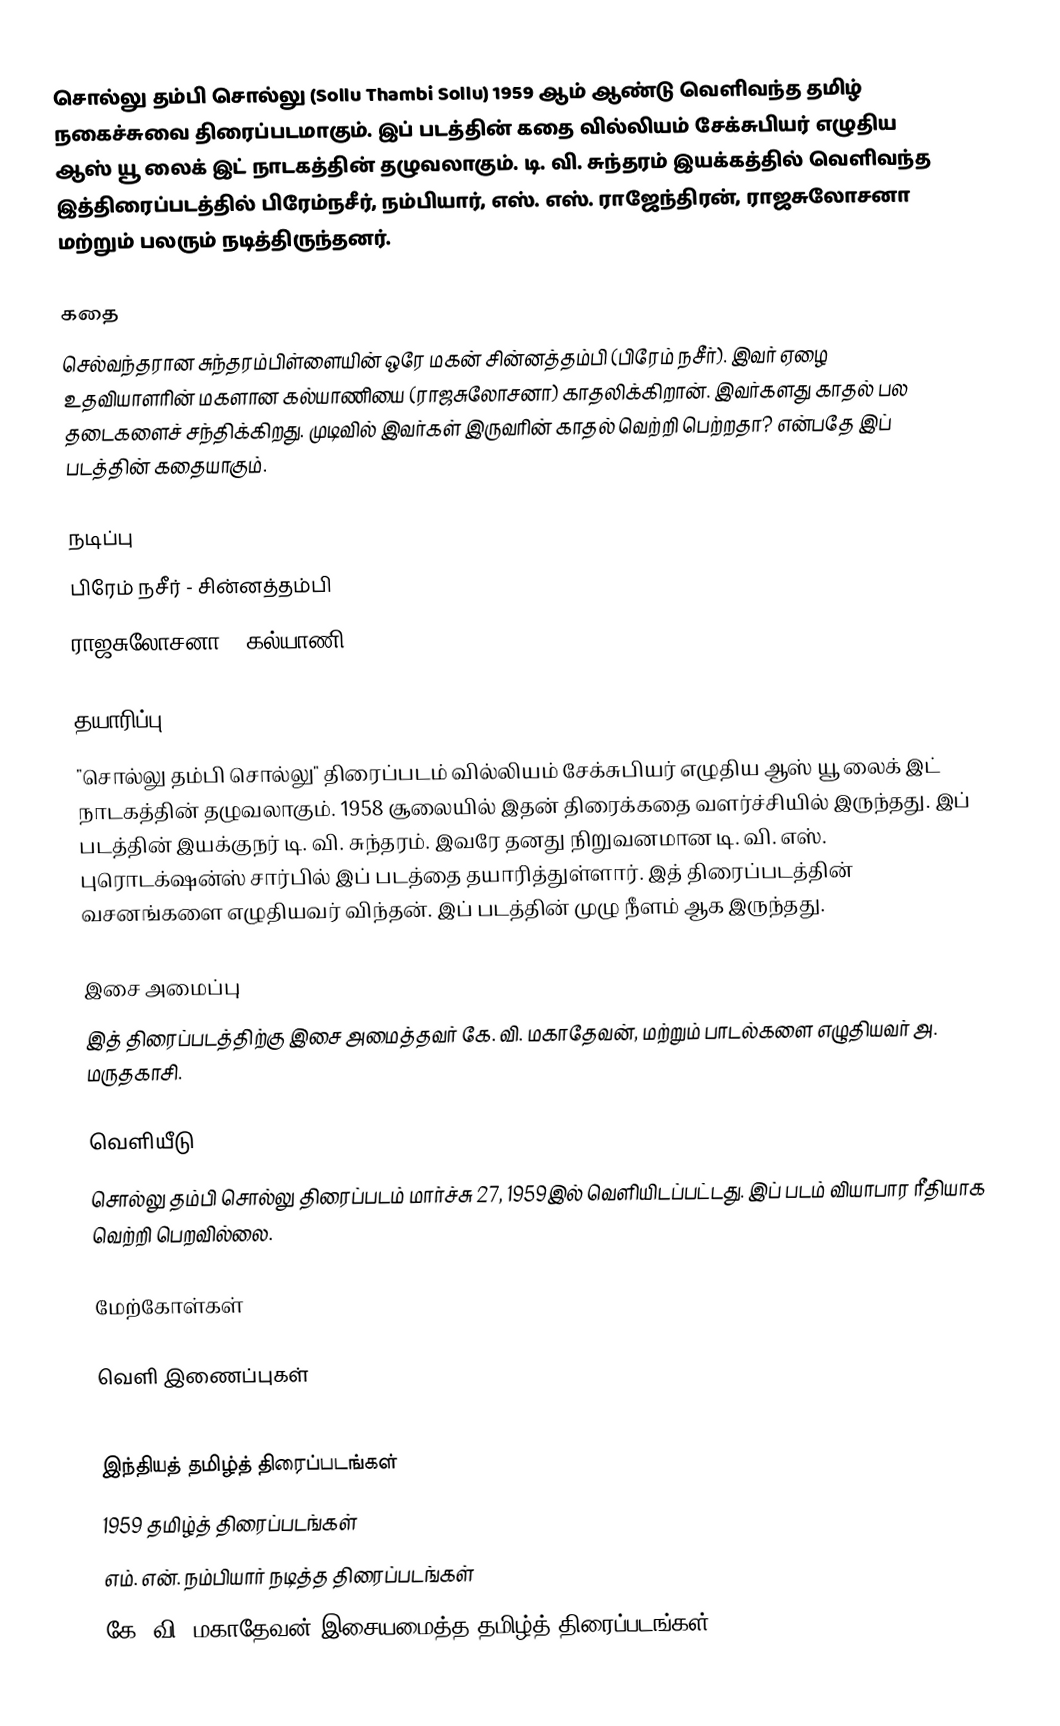
சொல்லு தம்பி சொல்லு (Sollu Thambi Sollu) 1959 ஆம் ஆண்டு வெளிவந்த தமிழ் நகைச்சுவை திரைப்படமாகும். இப் படத்தின் கதை வில்லியம் சேக்சுபியர் எழுதிய ஆஸ் யூ லைக் இட் நாடகத்தின் தழுவலாகும். டி. வி. சுந்தரம் இயக்கத்தில் வெளிவந்த இத்திரைப்படத்தில் பிரேம்நசீர், நம்பியார், எஸ். எஸ். ராஜேந்திரன்,  ராஜசுலோசனா மற்றும் பலரும் நடித்திருந்தனர்.

கதை
செல்வந்தரான சுந்தரம்பிள்ளையின் ஒரே மகன் சின்னத்தம்பி (பிரேம் நசீர்). இவர் ஏழை உதவியாளரின் மகளான கல்யாணியை (ராஜசுலோசனா) காதலிக்கிறான். இவர்களது காதல் பல தடைகளைச் சந்திக்கிறது. முடிவில் இவர்கள் இருவரின் காதல் வெற்றி பெற்றதா? என்பதே இப் படத்தின் கதையாகும்.

நடிப்பு
 பிரேம் நசீர் - சின்னத்தம்பி
 ராஜசுலோசனா - கல்யாணி

தயாரிப்பு
"சொல்லு தம்பி சொல்லு" திரைப்படம் வில்லியம் சேக்சுபியர் எழுதிய  ஆஸ் யூ லைக் இட் நாடகத்தின் தழுவலாகும். 1958 சூலையில் இதன் திரைக்கதை வளர்ச்சியில் இருந்தது. இப் படத்தின் இயக்குநர் டி. வி. சுந்தரம். இவரே தனது நிறுவனமான டி. வி. எஸ். புரொடக்‌ஷன்ஸ் சார்பில் இப் படத்தை தயாரித்துள்ளார். இத் திரைப்படத்தின் வசனங்களை எழுதியவர் விந்தன். இப் படத்தின் முழு நீளம்   ஆக இருந்தது.

இசை அமைப்பு
இத் திரைப்படத்திற்கு இசை அமைத்தவர் கே. வி. மகாதேவன், மற்றும் பாடல்களை எழுதியவர் அ. மருதகாசி.

வெளியீடு
சொல்லு தம்பி சொல்லு திரைப்படம் மார்ச்சு 27, 1959இல் வெளியிடப்பட்டது. இப் படம் வியாபார ரீதியாக வெற்றி பெறவில்லை.

மேற்கோள்கள்

வெளி இணைப்புகள்

இந்தியத் தமிழ்த் திரைப்படங்கள்
1959 தமிழ்த் திரைப்படங்கள்
எம். என். நம்பியார் நடித்த திரைப்படங்கள்
கே. வி. மகாதேவன் இசையமைத்த தமிழ்த் திரைப்படங்கள்